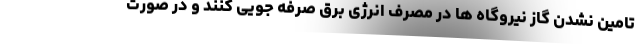
تامین نشدن گاز نیروگاه ها در مصرف انرژی برق صرفه جویی کنند و در صورت